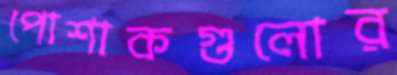
পোশাকগুলোর